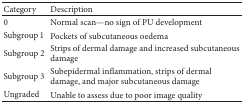
<table><thead><tr><td><b>Category</b></td><td><b>Description</b></td></tr></thead><tbody><tr><td>0</td><td>Normal scan—no sign of PU development</td></tr><tr><td>Subgroup 1</td><td>Pockets of subcutaneous oedema</td></tr><tr><td>Subgroup 2</td><td>Strips of dermal damage and increased subcutaneous damage</td></tr><tr><td>Subgroup 3</td><td>Subepidermal inflammation, strips of dermal damage, and major subcutaneous damage</td></tr><tr><td>Ungraded</td><td>Unable to assess due to poor image quality</td></tr></tbody></table>